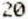
20